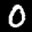
Label: 0